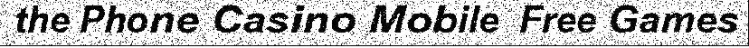
the Phone Casino Mobile  Free Games